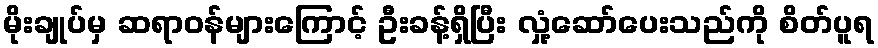
မိုးချုပ်မှ ဆရာဝန်များကြောင့် ဦးခန့်ရှိပြီး လှုံ့ဆော်ပေးသည်ကို စိတ်ပူရ